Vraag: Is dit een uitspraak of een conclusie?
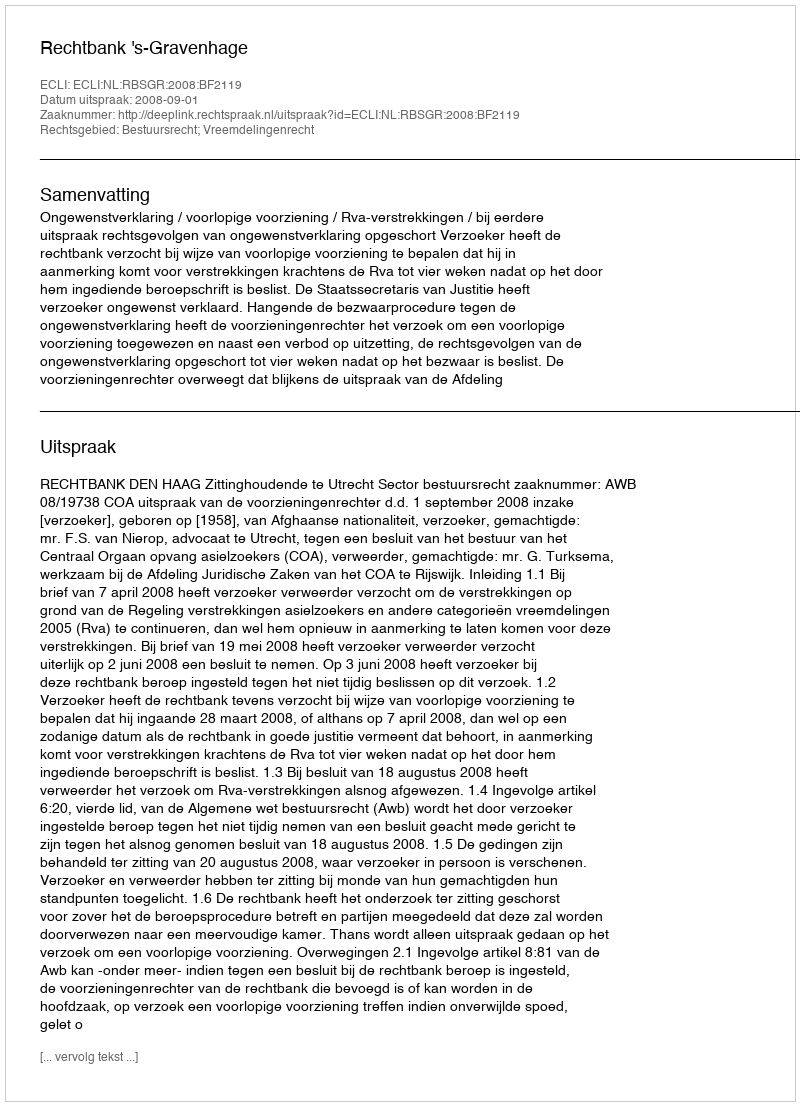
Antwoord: Uitspraak